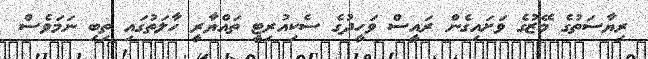
ރިޔާސަތުގެ މޭޒުގެ ވަށައިގެން ރައީސް ވަހީދުގެ ސެކިއުރިޓީ ތައްޔާރީ ހާލަތުގައި ތިބި ނަމަވެސް